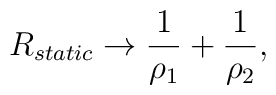
R_{static}\rightarrow\frac{1}{\rho_1}+\frac{1}{\rho_2},